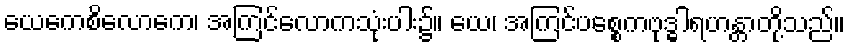
ယေကေစိလောကေ၊ အကြင်လောကသုံးပါး၌။ ယေ၊ အကြင်ပစ္စေကဗုဒ္ဓါရဟန္တာတို့သည်။